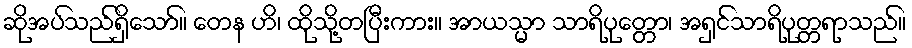
ဆိုအပ်သည်ရှိသော်။ တေန ဟိ၊ ထိုသို့တပြီးကား။ အာယသ္မာ သာရိပုတ္တော၊ အရှင်သာရိပုတ္တရာသည်။